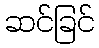
ဆင်ခြင်